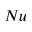
N u